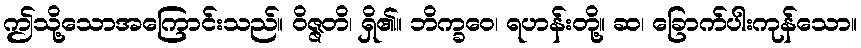
ဤသို့သောအကြောင်းသည်။ ဝိဇ္ဇတိ၊ ရှိ၏။ ဘိက္ခဝေ၊ ရဟန်းတို့။ ဆ၊ ခြောက်ပါးကုန်သော။